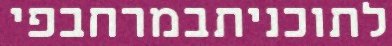
לתוכניתבמרחבפי